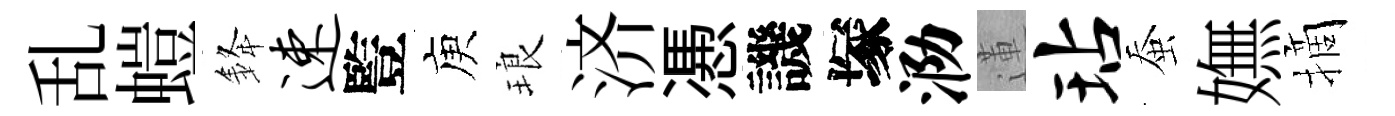
乱螘𨦟速䜿庾琅济慿譏塚泐蓮玷蚕嫵摘